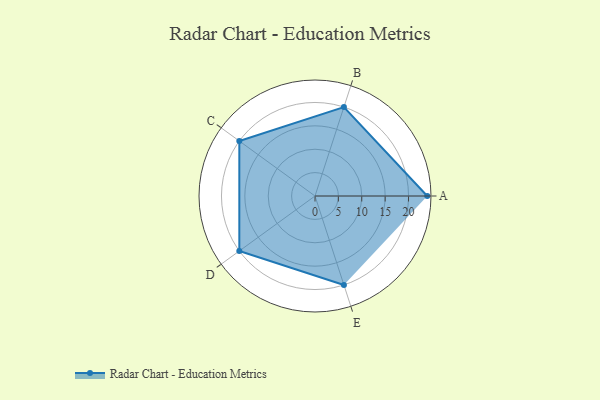
{"axis": {"x": "Skill", "y": "Score"}, "legend": ["Profile"], "data": [{"x": "A", "y": 24.0, "type": "Profile"}, {"x": "B", "y": 20.0, "type": "Profile"}, {"x": "C", "y": 20, "type": "Profile"}, {"x": "D", "y": 20, "type": "Profile"}, {"x": "E", "y": 20, "type": "Profile"}]}